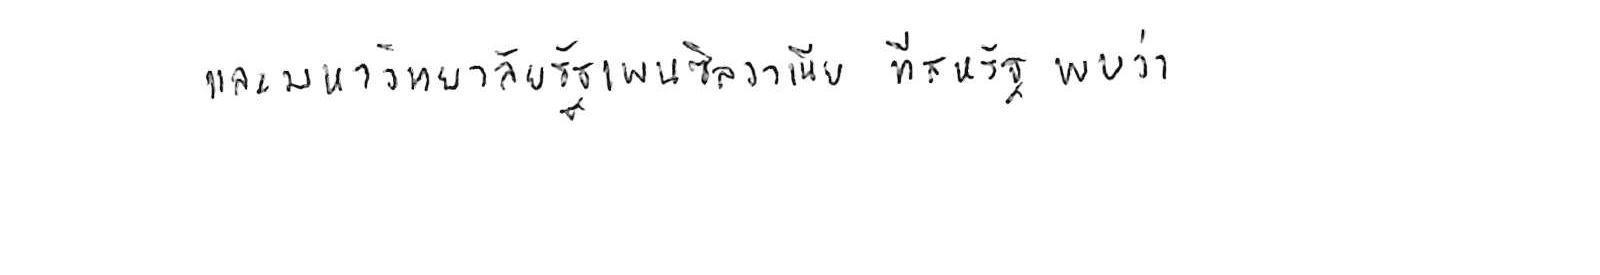
และมหาวิทยาลัยรัฐเพนซิลวาเนีย ที่สหรัฐ พบว่า